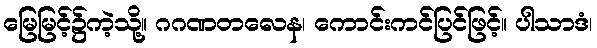
မြေမြင့်၌ကဲ့သို့။ ဂဂဏတလေန၊ ကောင်းကင်ပြင်ဖြင့်။ ပါသာဒံ၊